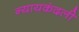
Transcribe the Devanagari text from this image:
न्यायकंदली